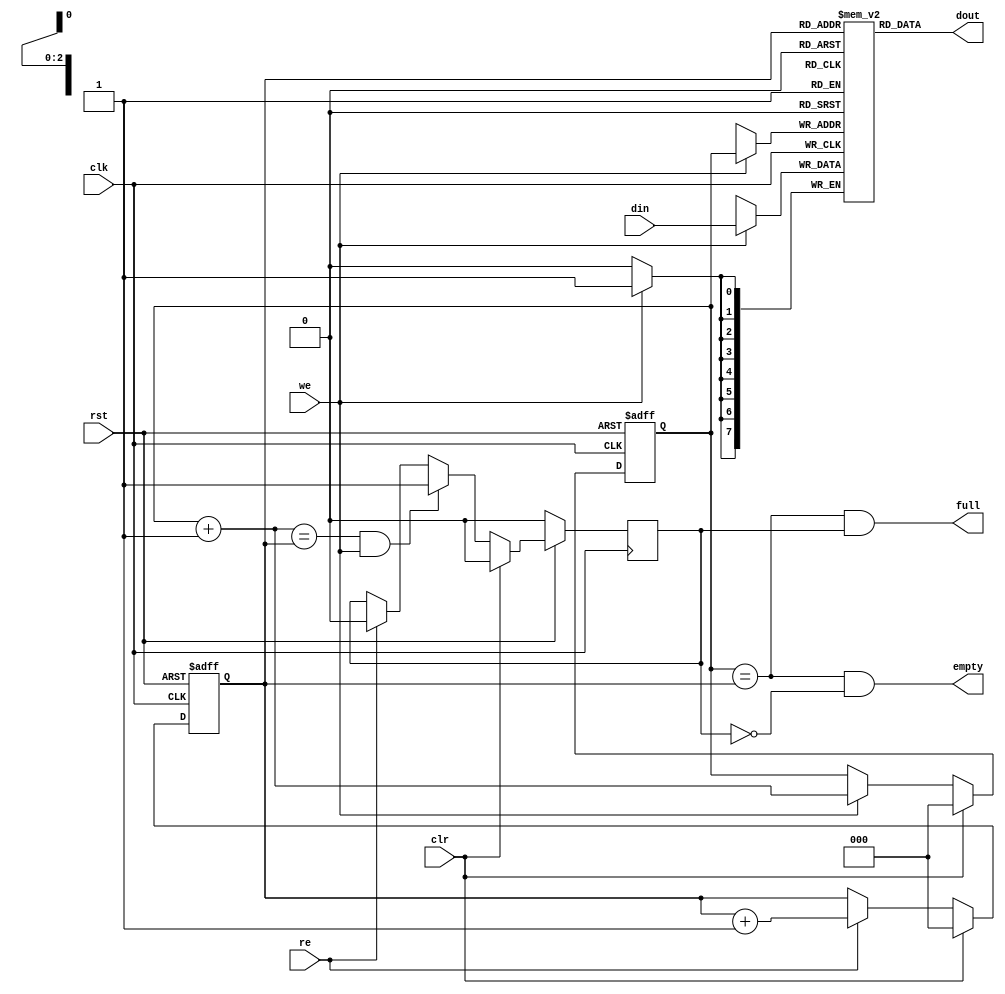
// synopsys translate_off
// `include "timescale.v"
// synopsys translate_on


// 4 entry deep fast fifo
module FIFO_SPI(clk, rst, clr,  din, we, dout, re, full, empty);

parameter dw = 8;

input		clk, rst;
input		clr;
input   [dw:1]	din;
input		we;
output  [dw:1]	dout;
input		re;
output		full, empty;


////////////////////////////////////////////////////////////////////
//
// Local Wires
//

reg     [dw:1]	mem[0:7];
reg     [2:0]   wp;
reg     [2:0]   rp;
wire    [2:0]   wp_p1;
wire    [2:0]   rp_p1;
wire		full, empty;
reg		gb;

////////////////////////////////////////////////////////////////////
//
// Misc Logic
//

always @(posedge clk or negedge rst)
        if(!rst)	wp <= #1 3'h0;
        else
        if(clr)		wp <= #1 3'h0;
        else
        if(we)		wp <= #1 wp_p1;

assign wp_p1 = wp + 3'h1;

always @(posedge clk or negedge rst)
        if(!rst)	rp <= #1 3'h0;
        else
        if(clr)		rp <= #1 3'h0;
        else
        if(re)		rp <= #1 rp_p1;

assign rp_p1 = rp + 3'h1;

// Fifo Output
assign  dout = mem[ rp ];

// Fifo Input
always @(posedge clk)
        if(we)	mem[ wp ] <= #1 din;

// Status
assign empty = (wp == rp) & !gb;
assign full  = (wp == rp) &  gb;

// Guard Bit ...
always @(posedge clk)
	if(!rst)			gb <= #1 1'b0;
	else
	if(clr)				gb <= #1 1'b0;
	else
	if((wp_p1 == rp) & we)		gb <= #1 1'b1;
	else
	if(re)				gb <= #1 1'b0;

endmodule